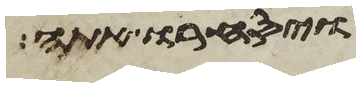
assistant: ויסחרו אתה